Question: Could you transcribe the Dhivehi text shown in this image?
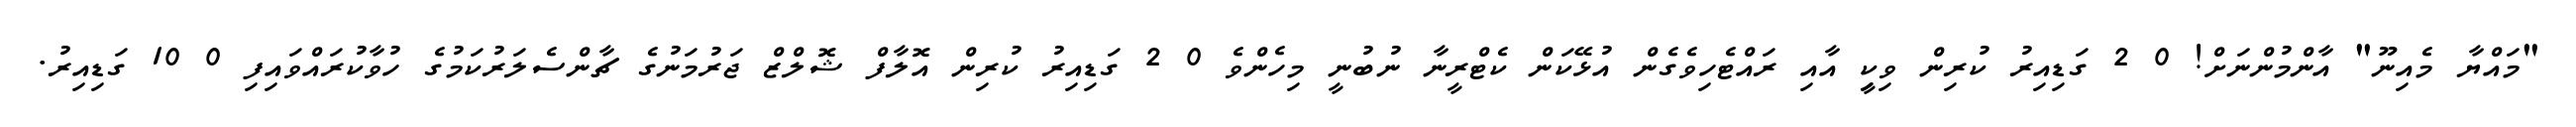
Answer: "މައްޔާ މެއިނޫ" އާންމުންނަށް! 0 2 ގަޑިއިރު ކުރިން ވިކީި އާއި ރައްޓެހިވެގެން އުޅޭކަން ކެޓްރީނާ ނުބުނީ މިހެންވެ 0 2 ގަޑިއިރު ކުރިން އޮލާފް ޝޮލްޒް ޖަރުމަނުގެ ޗާންސެލަރުކަމުގެ ހުވާކުރައްވައިފި 0 10 ގަޑިއިރު.